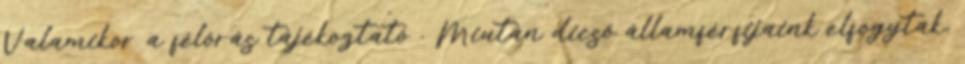
Valamikor a félórás tájékoztató . Miután dicső államférfijaink elfogytak,